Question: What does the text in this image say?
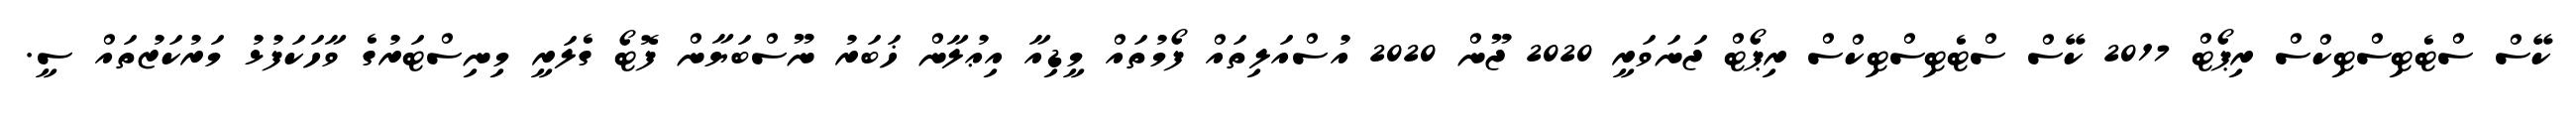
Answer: ކޭސް ސްޓެޓިސްޓިކްސް ރިޕޯޓް 2017 ކޭސް ސްޓެޓިސްޓިކްސް ރިޕޯޓް ޖަނަވަރީ 2020 ޖޫން 2020 އުސްއަލިތައް ފޯމުތައް މީޑިއާ އިޢުލާން ޚަބަރު ނޫސްބަޔާން ފޮޓޯ ގެލަރީ މިނިސްޓަރުގެ ވާހަކަފުޅު މަރުކަޒުތައް ސީ.